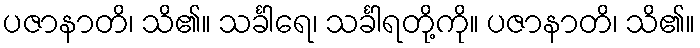
ပဇာနာတိ၊ သိ၏။ သင်္ခါရေ၊ သင်္ခါရတို့ကို။ ပဇာနာတိ၊ သိ၏။